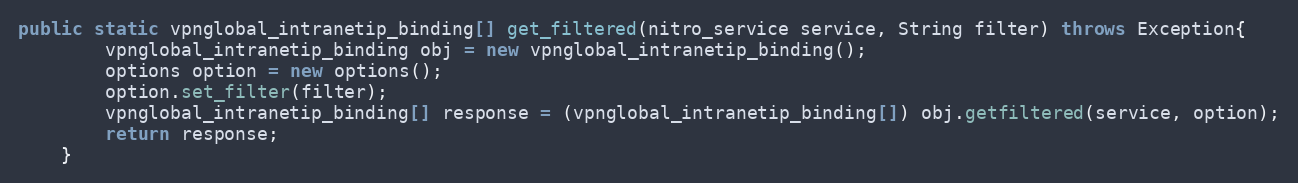
Language: Java
public static vpnglobal_intranetip_binding[] get_filtered(nitro_service service, String filter) throws Exception{
		vpnglobal_intranetip_binding obj = new vpnglobal_intranetip_binding();
		options option = new options();
		option.set_filter(filter);
		vpnglobal_intranetip_binding[] response = (vpnglobal_intranetip_binding[]) obj.getfiltered(service, option);
		return response;
	}